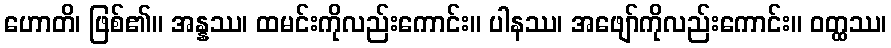
ဟောတိ၊ ဖြစ်၏။ အန္နဿ၊ ထမင်းကိုလည်းကောင်း။ ပါနဿ၊ အဖျော်ကိုလည်းကောင်း။ ဝတ္ထဿ၊